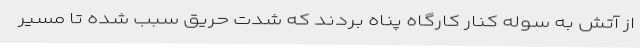
از آتش به سوله کنار کارگاه پناه بردند که شدت حریق سبب شده تا مسیر